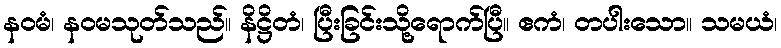
နဝမံ၊ နဝမသုတ်သည်။ နိဋ္ဌိတံ၊ ပြီးခြင်းသို့ရောက်ပြီ။ ဧကံ၊ တပါးသော။ သမယံ၊